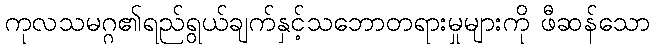
ကုလသမဂ္ဂ၏ရည်ရွယ်ချက်နှင့်သဘောတရားမှုများကို ဖီဆန်သော